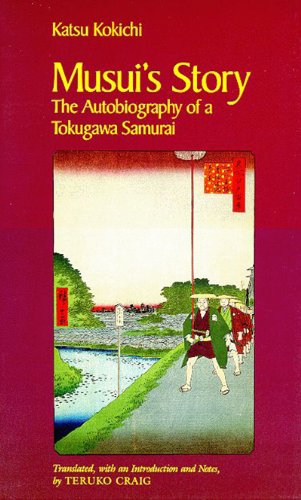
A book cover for Musui's Story: The Autobiography of a Tokugawa Samurai; Katsu Kokichi; Biographies & Memoirs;